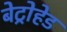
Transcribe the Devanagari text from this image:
बेट्रोहेड